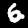
Label: 6